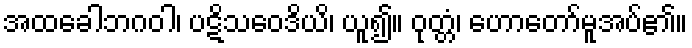
အထခေါဘဂဝါ၊ ပဋိသဝေဒိယိ၊ ယူ၍။ ဝုတ္တံ၊ ဟောတော်မူအပ်၏။